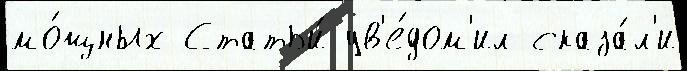
мо́щных Статьи́ ув'е́дом'ил сказа́л'и